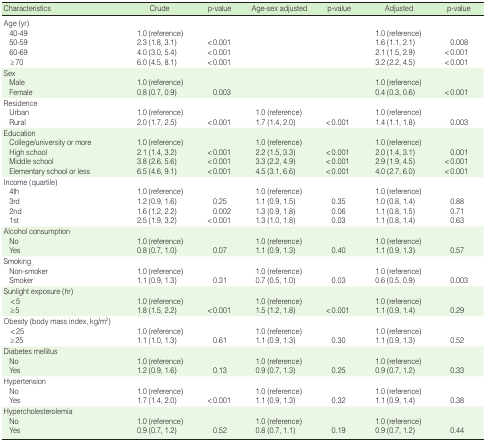
<table><thead><tr><td><b>Characteristics</b></td><td><b>Crude</b></td><td><b>p-value</b></td><td><b>Age-sex adjusted</b></td><td><b>p-value</b></td><td><b>Adjusted</b></td><td><b>p-value</b></td></tr></thead><tbody><tr><td>Age (yr)</td><td></td><td></td><td></td><td></td><td></td><td></td></tr><tr><td> 40-49</td><td>1.0 (reference)</td><td></td><td></td><td></td><td>1.0 (reference)</td><td></td></tr><tr><td> 50-59</td><td>2.3 (l.8, 3.1)</td><td>&lt;0.001</td><td></td><td></td><td>1.6 (1.1, 2.1)</td><td>0.008</td></tr><tr><td> 60-69</td><td>4.0 (3.0, 5.4)</td><td>&lt;0.001</td><td></td><td></td><td>2.1 (1.5, 2.9)</td><td>&lt; 0.001</td></tr><tr><td> ≥70</td><td>6.0 (4.5, 8.1)</td><td>&lt;0.001</td><td></td><td></td><td>3.2 (2.2, 4.5)</td><td>&lt; 0.001</td></tr><tr><td>Sex</td><td></td><td></td><td></td><td></td><td></td><td></td></tr><tr><td> Male</td><td>1.0 (reference)</td><td></td><td></td><td></td><td>1.0 (reference)</td><td></td></tr><tr><td> Female</td><td>0.8 (0.7, 0.9)</td><td>0.003</td><td></td><td></td><td>0.4 (0.3, 0.6)</td><td>&lt; 0.001</td></tr><tr><td>Residence</td><td></td><td></td><td></td><td></td><td></td><td></td></tr><tr><td> Urban</td><td>1.0 (reference)</td><td></td><td>1.0 (reference)</td><td></td><td>1.0 (reference)</td><td></td></tr><tr><td> Rural</td><td>2.0 (1.7, 2.5)</td><td>&lt;0.001</td><td>1.7 (1.4, 2.0)</td><td>&lt;0.001</td><td>1.4 (1.1, 1.8)</td><td>0.003</td></tr><tr><td>Education</td><td></td><td></td><td></td><td></td><td></td><td></td></tr><tr><td> College/university or more</td><td>1.0 (reference)</td><td></td><td>1.0 (reference)</td><td></td><td>1.0 (reference)</td><td></td></tr><tr><td> High school</td><td>2.1 (1.4, 3.2)</td><td>&lt;0.001</td><td>2.2 (1.5, 3.3)</td><td>&lt;0.001</td><td>2.0 (1.4, 3.1)</td><td>0.001</td></tr><tr><td> Middle school</td><td>3.8 (2.6, 5.6)</td><td>&lt;0.001</td><td>3.3 (2.2, 4.9)</td><td>&lt;0.001</td><td>2.9 (1.9, 4.5)</td><td>&lt; 0.001</td></tr><tr><td> Elementary school or less</td><td>6.5 (4.6, 9.1)</td><td>&lt;0.001</td><td>4.5 (3.1,6.6)</td><td>&lt;0.001</td><td>4.0 (2.7, 6.0)</td><td>&lt; 0.001</td></tr><tr><td>Income (quartile)</td><td></td><td></td><td></td><td></td><td></td><td></td></tr><tr><td> 4th</td><td>1.0 (reference)</td><td></td><td>1.0 (reference)</td><td></td><td>1.0 (reference)</td><td></td></tr><tr><td> 3rd</td><td>1.2 (0.9, 1.6)</td><td>0.25</td><td>1.1 (0.9, 1.5)</td><td>0.35</td><td>1.0 (0.8, 1.4)</td><td>0.88</td></tr><tr><td> 2nd</td><td>1.6 (1.2, 2.2)</td><td>0.002</td><td>1.3 (0.9, 1.8)</td><td>0.06</td><td>1.1 (0.8, 1.5)</td><td>0.71</td></tr><tr><td> 1st</td><td>2.5 (1.9, 3.2)</td><td>&lt;0.001</td><td>1.3 (1.0, 1.8)</td><td>0.03</td><td>1.1 (0.8, 1.4)</td><td>0.63</td></tr><tr><td>Alcohol consumption</td><td></td><td></td><td></td><td></td><td></td><td></td></tr><tr><td> No</td><td>1.0 (reference)</td><td></td><td>1.0 (reference)</td><td></td><td>1.0 (reference)</td><td></td></tr><tr><td> Yes</td><td>0.8 (0.7, 1.0)</td><td>0.07</td><td>1.1 (0.9, 1.3)</td><td>0.40</td><td>1.1 (0.9, 1.3)</td><td>0.57</td></tr><tr><td>Smoking</td><td></td><td></td><td></td><td></td><td></td><td></td></tr><tr><td> Non-smoker</td><td>1.0 (reference)</td><td></td><td>1.0 (reference)</td><td></td><td>1.0 (reference)</td><td></td></tr><tr><td> Smoker</td><td>1.1 (0.9, 1.3)</td><td>0.31</td><td>0.7 (0.5, 1.0)</td><td>0.03</td><td>0.6 (0.5, 0.9)</td><td>0.003</td></tr><tr><td>Sunlight exposure (hr)</td><td></td><td></td><td></td><td></td><td></td><td></td></tr><tr><td> &lt;5</td><td>1.0 (reference)</td><td></td><td>1.0 (reference)</td><td></td><td>1.0 (reference)</td><td></td></tr><tr><td> ≥5</td><td>1.8 (1.5, 2.2)</td><td>&lt;0.001</td><td>1.5 (1.2, 1.8)</td><td>&lt;0.001</td><td>1.1 (0.9, 1.4)</td><td>0.29</td></tr><tr><td>Obesity (body mass index, kg/m<sup>2</sup>)</td><td></td><td></td><td></td><td></td><td></td><td></td></tr><tr><td> &lt; 25</td><td>1.0 (reference)</td><td></td><td>1.0 (reference)</td><td></td><td>1.0 (reference)</td><td></td></tr><tr><td> ≥25</td><td>1.1 (1.0, 1.3)</td><td>0.61</td><td>1.1 (0.9, 1.3)</td><td>0.30</td><td>1.1 (0.9, 1.3)</td><td>0.52</td></tr><tr><td>Diabetes mellitus</td><td></td><td></td><td></td><td></td><td></td><td></td></tr><tr><td> No</td><td>1.0 (reference)</td><td></td><td>1.0 (reference)</td><td></td><td>1.0 (reference)</td><td></td></tr><tr><td> Yes</td><td>1.2 (0.9, 1.6)</td><td>0.13</td><td>0.9 (0.7, 1.3)</td><td>0.25</td><td>0.9 (0.7, 1.2)</td><td>0.33</td></tr><tr><td>Hypertension</td><td></td><td></td><td></td><td></td><td></td><td></td></tr><tr><td> No</td><td>1.0 (reference)</td><td></td><td>1.0 (reference)</td><td></td><td>1.0 (reference)</td><td></td></tr><tr><td> Yes</td><td>1.7 (1.4, 2.0)</td><td>&lt;0.001</td><td>1.1 (0.9, 1.3)</td><td>0.32</td><td>1.1 (0.9, 1.4)</td><td>0.38</td></tr><tr><td>Hypercholesterolemia</td><td></td><td></td><td></td><td></td><td></td><td></td></tr><tr><td> No</td><td>1.0 (reference)</td><td></td><td>1.0 (reference)</td><td></td><td>1.0 (reference)</td><td></td></tr><tr><td> Yes</td><td>0.9 (0.7, 1.2)</td><td>0.52</td><td>0.8 (0.7, 1.1)</td><td>0.19</td><td>0.9 (0.7, 1.2)</td><td>0.44</td></tr></tbody></table>